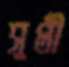
সুপ্তী